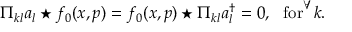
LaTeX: \Pi _ { k l } a _ { l } \star f _ { 0 } ( x , p ) = f _ { 0 } ( x , p ) \star \Pi _ { k l } a _ { l } ^ { \dagger } = 0 , ~ ~ \mathrm { f o r } ^ { \forall } k .